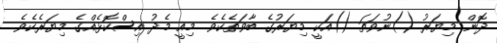
ދޮން މިޔަރު ()ނުވަތަ ()އަކީ މިޔަރުގެ ބާވަތެކެވެ. މިއީ މެދު އިސްކޮޅެއްގެ މިޔަރެކެވެ.